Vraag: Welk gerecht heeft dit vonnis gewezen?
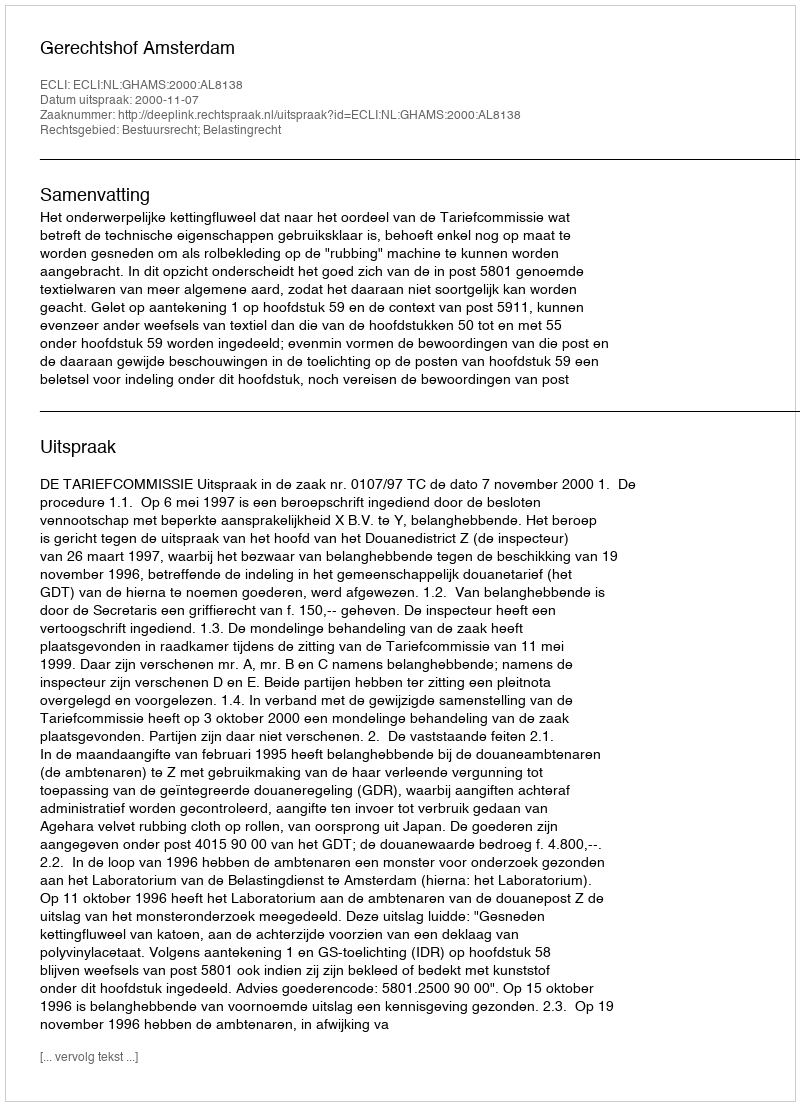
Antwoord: Gerechtshof Amsterdam